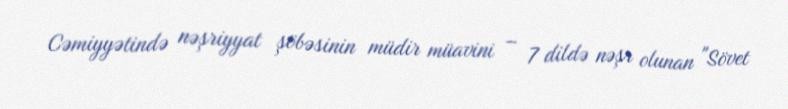
Cəmiyyətində nəşriyyat şöbəsinin müdir müavini – 7 dildə nəşr olunan "Sövet